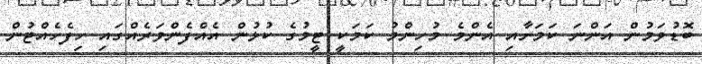
ބޮޑުވަމުން އަންނަ ކަމަށާއި އެންމެ މުހިންމު ކަމަކީ ޓީމުގެ ކުޅުން އެއްފެންވަރެއްގައި ހިފެހެއްޓުން